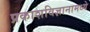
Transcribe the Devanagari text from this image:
प्रकाशविज्ञानामध्ये